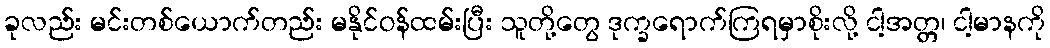
ခုလည်း မင်းတစ်ယောက်တည်း မနိုင်ဝန်ထမ်းပြီး သူတို့တွေ ဒုက္ခရောက်ကြရမှာစိုးလို့ ငါ့အတ္တ၊ ငါ့မာနကို